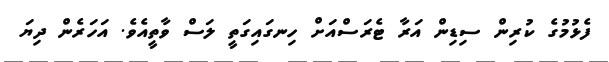
ފެޅުމުގެ ކުރިން ސިޑިން އަރާ ޓެރަސްއަށް ހިނގައިގަތީ ލަސް ވާތީއެވެ. އަހަރެން ދިޔަ